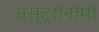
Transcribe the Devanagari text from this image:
अॅस्ट्रॉनॉमी